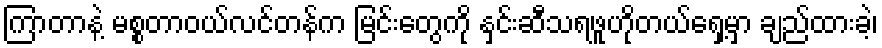
ကြာတာနဲ့ မစ္စတာဝယ်လင်တန်က မြင်းတွေကို နှင်းဆီသရဖူဟိုတယ်ရှေ့မှာ ချည်ထားခဲ့၊